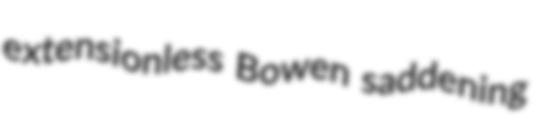
extensionless Bowen saddening